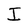
Character: I